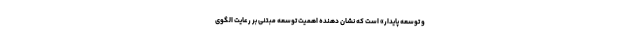
و توسعه پایدار» است که نشان دهنده اهمیت توسعه مبتنی بر رعایت الگوی